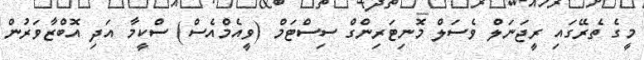
މީގެ ތެރޭގައި ރީޖަނަލް ވެސަލް މޮނިޓަރިންގް ސިސްޓަމް (ވީއެމްއެސް) ސްކީމާ އަދި އޮބްޒާވަރުން